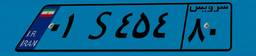
۰۱S۴۵۴۸۰